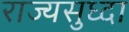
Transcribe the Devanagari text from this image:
राज्यसुध्दा